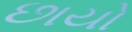
છાયો